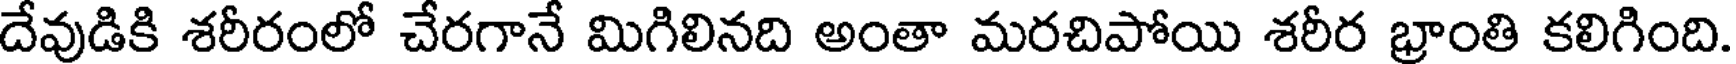
దేవుడికి శరీరంలో చేరగానే మిగిలినది అంతా మరచిపోయి శరీర భ్రాంతి కలిగింది